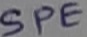
Text: SPE